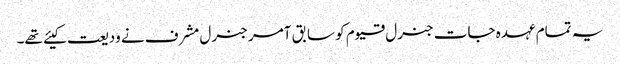
یہ تمام عہدہ جات جنرل قیوم کو سابق آمر جنرل مشرف نے ودیعت کیئے تھے۔